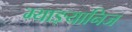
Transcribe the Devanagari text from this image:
म्याङ्यानिज